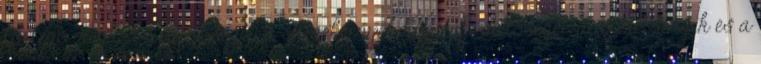
történõ megközelíthetõségét, a szerelvények hozzáférhetõségét, a szerelvények és a